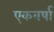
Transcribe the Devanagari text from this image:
एकवर्षा